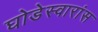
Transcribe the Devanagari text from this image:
घोडेस्वारांस